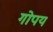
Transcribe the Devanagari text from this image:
गोपय